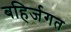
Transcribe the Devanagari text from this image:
बहिर्जगत